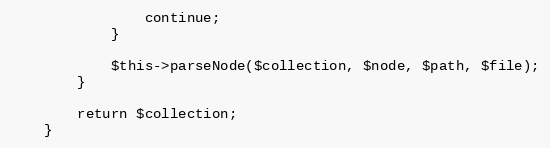
Language: PHP
                continue;
            }

            $this->parseNode($collection, $node, $path, $file);
        }

        return $collection;
    }